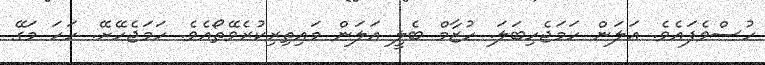
ހުސްވެފައެވެ. އަލަން ހަމަޖެހިބަލަ. ހުޒާމް ބެލީ އަލަން މައިތިރިކުރެވޭތޯއެވެ. ހަމަޖެހޭށޭ. ހަހަ މަގޭ